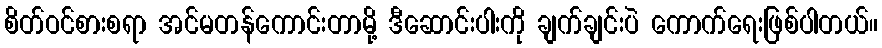
စိတ်ဝင်စားစရာ အင်မတန်ကောင်းတာမို့ ဒီဆောင်းပါးကို ချက်ချင်းပဲ ကောက်ရေးဖြစ်ပါတယ်။